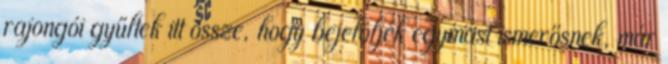
rajongói gyűltek itt össze, hogy bejelöljék egymást ismerősnek, már